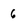
Character: 6